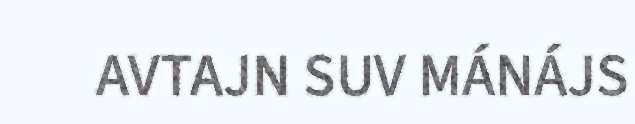
AVTAJN SUV MÁNÁJS